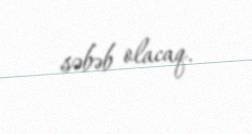
səbəb olacaq.